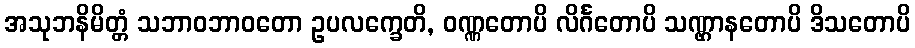
အသုဘနိမိတ္တံ သဘာဝဘာဝတော ဥပလက္ခေတိ, ဝဏ္ဏတောပိ လိင်္ဂတောပိ သဏ္ဌာနတောပိ ဒိသတောပိ